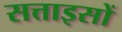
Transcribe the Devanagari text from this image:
सत्ताइसों